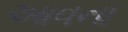
આવના